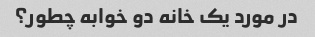
در مورد یک خانه دو خوابه چطور؟